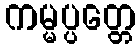
ကမ္မပ္ပတ္တေ